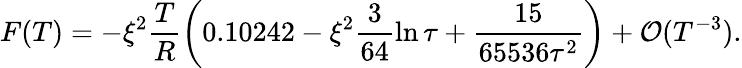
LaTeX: F(T)=-\xi^{2}\frac{T}{R}\left(0.10242-\xi^{2}\frac{3}{64}\ln\tau+\frac{15}{65536\tau^{2}}\right)+{\cal O}(T^{-3}).